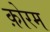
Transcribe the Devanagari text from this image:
क़ोरम